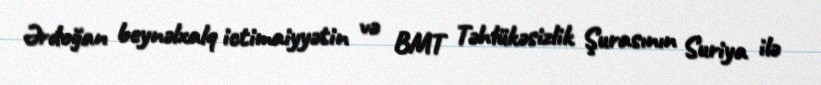
Ərdoğan beynəlxalq ictimaiyyətin və BMT Təhlükəsizlik Şurasının Suriya ilə